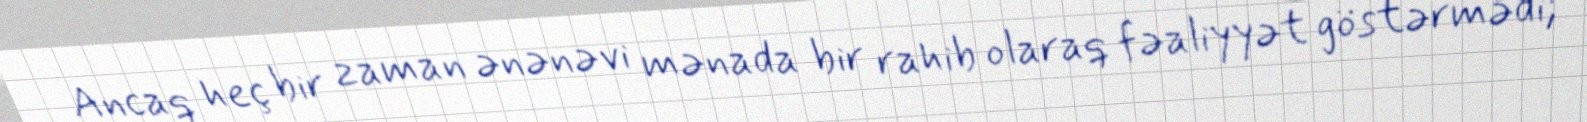
Ancaq heç bir zaman ənənəvi mənada bir rahib olaraq fəaliyyət göstərmədi;